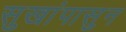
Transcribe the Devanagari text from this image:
सुखांपासुन